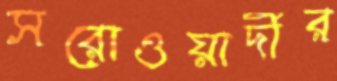
সরোওয়ার্দীর